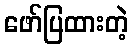
ဖော်ပြထားတဲ့